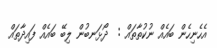
އެހެނިހެން ބައެއް ނުކުތާތައް :  ދޯޅަނބުން ލިބޭ ބައެއް ފައިދާތައް